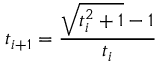
t _ { i + 1 } = { \frac { { \sqrt { t _ { i } ^ { 2 } + 1 } } - 1 } { t _ { i } } }